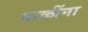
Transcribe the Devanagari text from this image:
माळींना